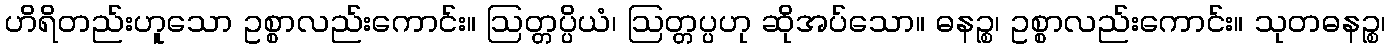
ဟိရိတည်းဟူသော ဥစ္စာလည်းကောင်း။ ဩတ္တပ္ပိယံ၊ ဩတ္တပ္ပဟု ဆိုအပ်သော။ ဓနဉ္စ၊ ဥစ္စာလည်းကောင်း။ သုတဓနဉ္စ၊